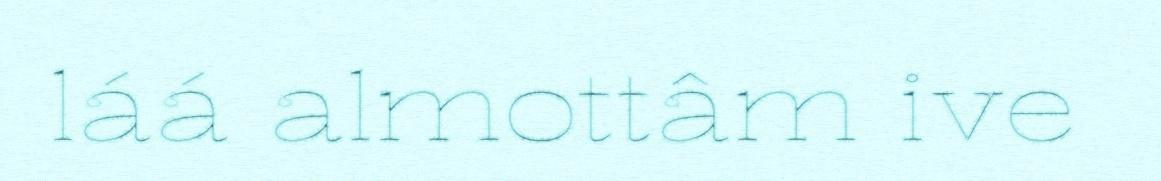
láá almottâm ive